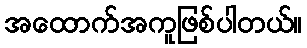
အထောက်အကူဖြစ်ပါတယ်။